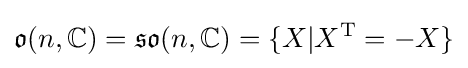
{\mathfrak {o}}(n,\mathbb {C} )={\mathfrak {so}}(n,\mathbb {C} )=\{X|X^{\mathrm {T} }=-X\}